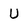
Character: U